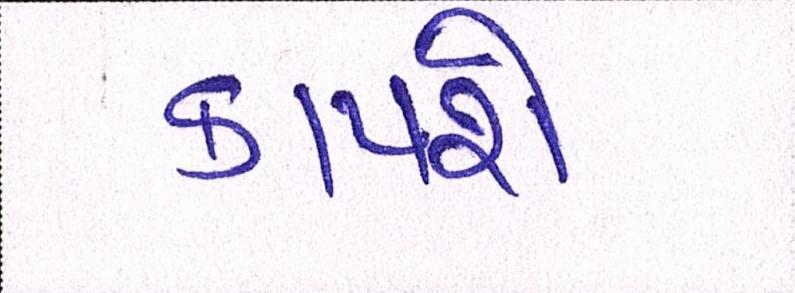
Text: કાપશે